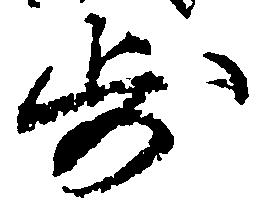
歩